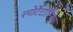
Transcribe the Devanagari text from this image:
स्पोर्टेटोरियम